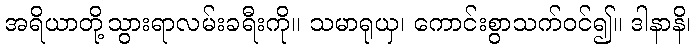
အရိယာတို့သွားရာလမ်းခရီးကို။ သမာရုယှ၊ ကောင်းစွာသက်ဝင်၍။ ဒါနာနိ၊